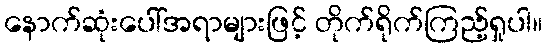
နောက်ဆုံးပေါ်အရာများဖြင့် တိုက်ရိုက်ကြည့်ရှုပါ။